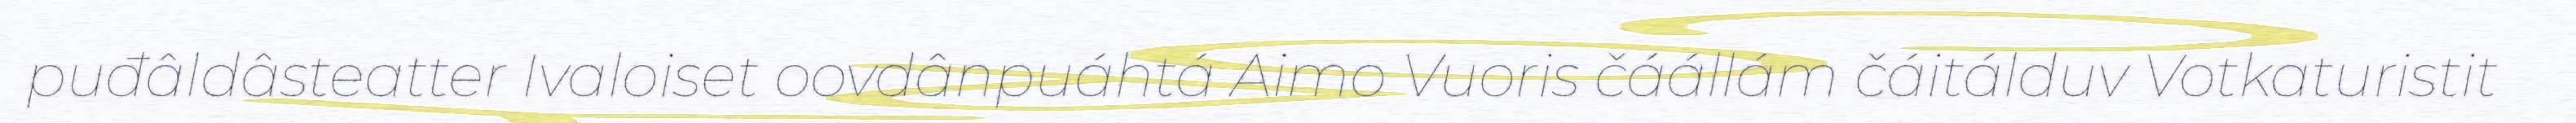
puđâldâsteatter Ivaloiset oovdânpuáhtá Aimo Vuoris čáállám čáitálduv Votkaturistit